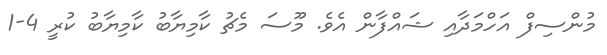
މުންސިފް އަހްމަދާއި ޝައްފާން އެވެ. މޫސަ މެޗު ކާމިޔާބު ކާމިޔާބު ކުރީ 4-1